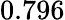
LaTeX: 0.796